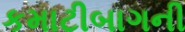
કમાટીબાગની